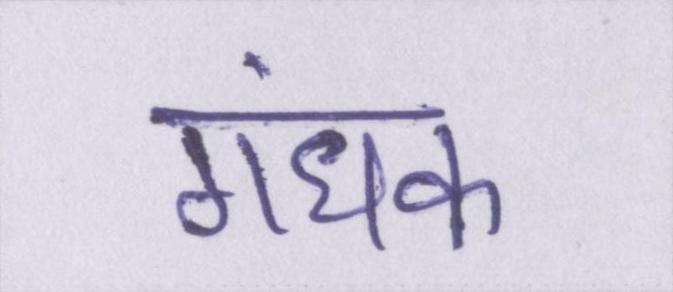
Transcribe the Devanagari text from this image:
गंधक